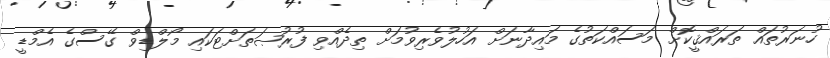
ހުނަރުތައް ތަރައްޤީކޮށް މަސައްކަތުގެ މައިދާނަށް އަހުލުވެރިވުމަށްް ތިދެއްވި ފުރުޞަތަށްޓަކައި މޯލްޑިވް ގޭސްގެ އެމްޑީ